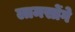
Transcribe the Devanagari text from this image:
लामसोंगे